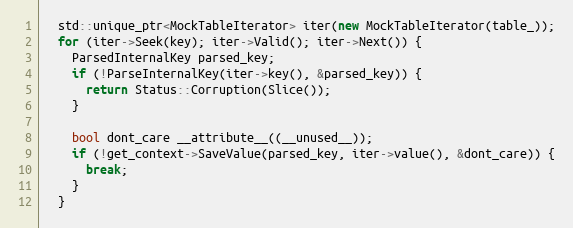
Language: C++
  std::unique_ptr<MockTableIterator> iter(new MockTableIterator(table_));
  for (iter->Seek(key); iter->Valid(); iter->Next()) {
    ParsedInternalKey parsed_key;
    if (!ParseInternalKey(iter->key(), &parsed_key)) {
      return Status::Corruption(Slice());
    }

    bool dont_care __attribute__((__unused__));
    if (!get_context->SaveValue(parsed_key, iter->value(), &dont_care)) {
      break;
    }
  }